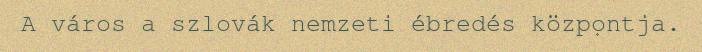
A város a szlovák nemzeti ébredés központja.